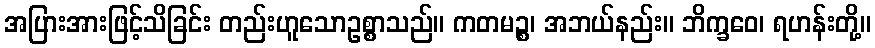
အပြားအားဖြင့်သိခြင်း တည်းဟူသောဥစ္စာသည်။ ကတမဉ္စ၊ အဘယ်နည်း။ ဘိက္ခဝေ၊ ရဟန်းတို့။